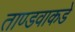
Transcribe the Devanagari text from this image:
ताण्डवाकडे